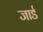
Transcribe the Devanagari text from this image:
जार्ड